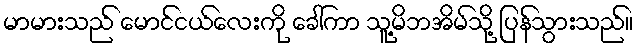
မာမားသည် မောင်ငယ်လေးကို ခေါ်ကာ သူ့မိဘအိမ်သို့ ပြန်သွားသည်။